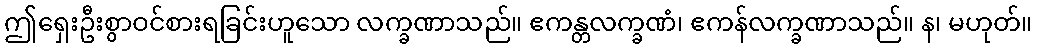
ဤရှေးဦးစွာဝင်စားရခြင်းဟူသော လက္ခဏာသည်။ ဧကန္တလက္ခဏံ၊ ဧကန်လက္ခဏာသည်။ န၊ မဟုတ်။